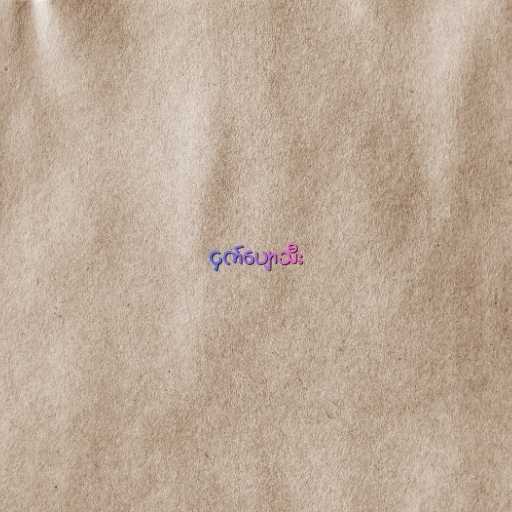
ငှက်ပျောသီး